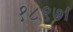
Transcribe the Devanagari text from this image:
१८९७।